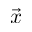
\Vec { x }